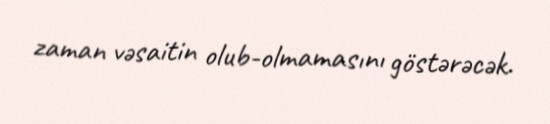
zaman vəsaitin olub-olmamasını göstərəcək.